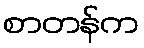
စာတန်က